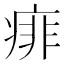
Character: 痱